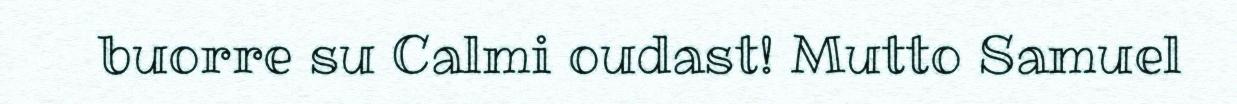
buorre su Calmi oudast! Mutto Samuel